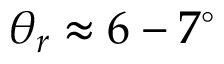
\theta _ { r } \approx 6 - 7 ^ { \circ }